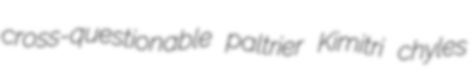
cross-questionable paltrier Kimitri chyles